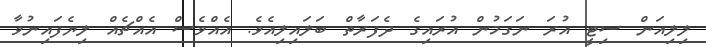
ލިލިއަން ސިޓީ އުރަ ނަގަމުން އުރައިގެ ދެފަރާތް ބަލައިލިއެވެ. އެއްވެސް އެއްޗެއް ލިޔެފައިނުވާ